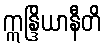
ဣန္ဒြိယာနီတိ